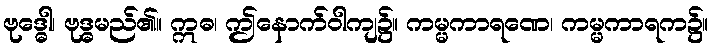
ဗုဒ္ဓေါ၊ ဗုဒ္ဓမည်၏။ ဣဓ၊ ဤနောက်ဝါကျ၌။ ကမ္မကာရဏေ၊ ကမ္မကာရက၌။